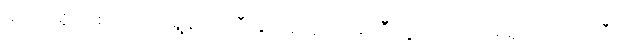
မင်္ဂလာရှိတဲ့ စည်တော်ရွန်းသံကြီးနှင့်အတူ ကိုအံ့ကြီးရဲ့ ကျက်သရေရှိတဲ့ အသံကြီးက